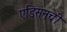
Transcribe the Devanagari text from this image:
एडिसनची